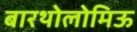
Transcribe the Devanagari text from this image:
बारथोलोमिऊ